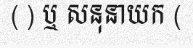
( ) ឬ សនុនាយក (